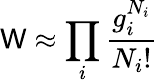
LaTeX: \mathsf{W}\approx\prod_{i}{\frac{{g_{i}^{N_{i}}}}{{N_{i}!}}}